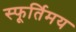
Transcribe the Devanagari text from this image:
स्फूर्तिमय